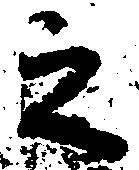
之